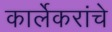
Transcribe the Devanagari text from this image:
कार्लेकरांचे